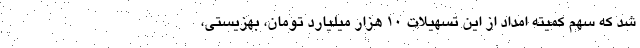
شد که سهم کمیته امداد از این تسهیلات 10 هزار میلیارد تومان، بهزیستی،